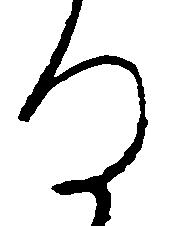
る